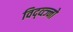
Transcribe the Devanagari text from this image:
विद्व्त्ज्नो